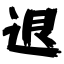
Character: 退